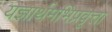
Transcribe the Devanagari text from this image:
यज्ञार्थमभिप्रवृत्ता